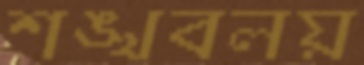
শঙ্খবলয়